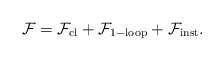
\begin{align*}\mathcal{F} = {\mathcal{F}}_{\mathrm{cl}}+{\mathcal{F}}_{\mathrm{1-loop}}+{\mathcal{F}}_{\mathrm{inst}}.\end{align*}